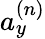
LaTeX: a_{y}^{(n)}